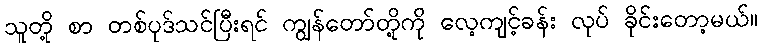
သူတို့ စာ တစ်ပုဒ်သင်ပြီးရင် ကျွန်တော်တို့ကို လေ့ကျင့်ခန်း လုပ် ခိုင်းတော့မယ်။